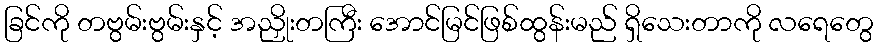
ခြင်ကို တဗွမ်းဗွမ်းနှင့် အညှိုးတကြီး အောင်မြင်ဖြစ်ထွန်းမည် ရှိသေးတာကို လရေတွေ